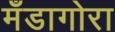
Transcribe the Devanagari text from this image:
मँडागोरा